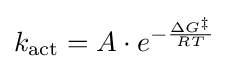
k_{\text{act}}=A\cdot e^{-{\frac {\Delta G^{\ddagger }}{RT}}}